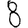
Digit: 8